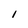
Character: I